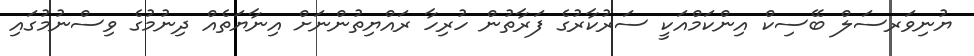
ޔުނިވަރސަލް ބޭސިކް އިންކަމްއަކީ ސަރުކާރުގެ ފަރާތުން ހުރިހާ ރައްޔިތުންނަށް އިނާޔަތެއް ދިނުމުގެ ވިސްނުމުގައި